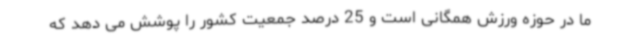
ما در حوزه ورزش همگانی است و 25 درصد جمعیت کشور را پوشش می دهد که